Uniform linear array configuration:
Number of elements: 64
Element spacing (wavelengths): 0.25
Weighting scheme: kaiser
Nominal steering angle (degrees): -15
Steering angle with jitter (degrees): -13.722
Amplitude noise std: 0.05
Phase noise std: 0.05

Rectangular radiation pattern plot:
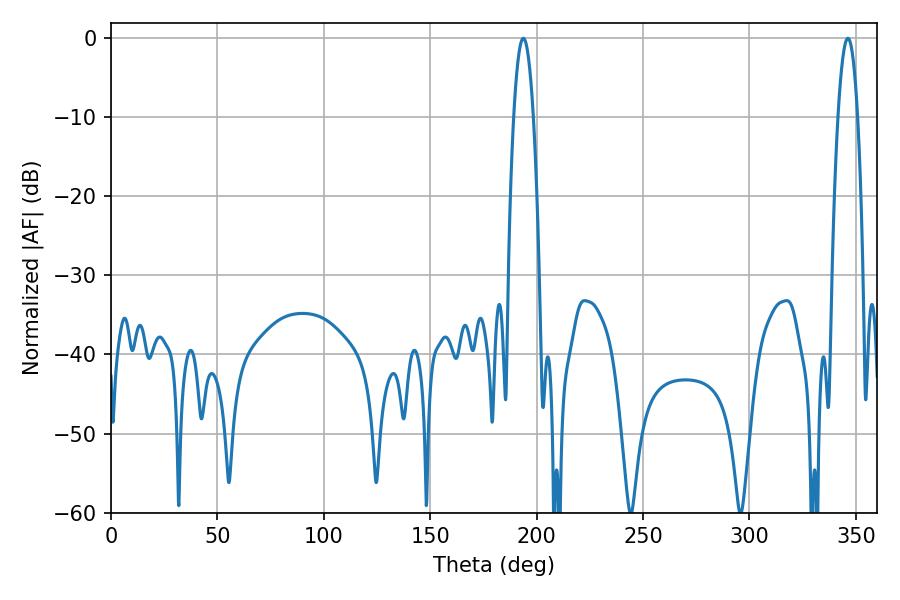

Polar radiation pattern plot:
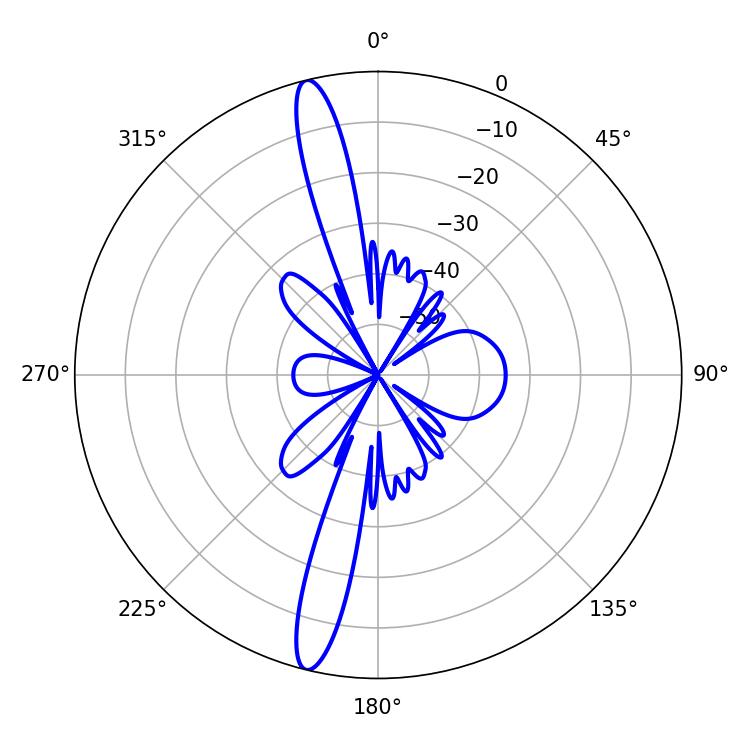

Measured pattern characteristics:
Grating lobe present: FALSE
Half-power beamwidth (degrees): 5.22
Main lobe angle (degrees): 193.68